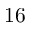
1 6